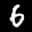
Label: 6